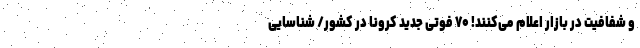
و شفافیت در بازار اعلام می‌کنند! ۷۰ فوتی جدید کرونا در کشور/ شناسایی